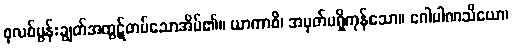
စုလစ်မွန်းချွတ်အထွဋ်တပ်သောအိမ်၏။ ယာကာစိ၊ အမှတ်မရှိကုန်သော။ ဂေါပါဏသိယော၊